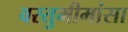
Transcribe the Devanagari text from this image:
वस्तुमीमांसा